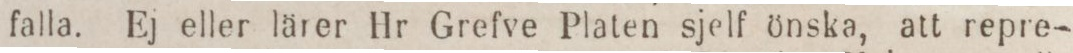
falla. Ej eller lärer Hr Grefve Platen sjelf önska, att repre-